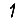
Digit: 1